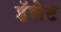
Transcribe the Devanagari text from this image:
हॅसेट